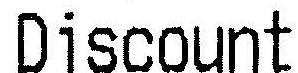
DISCOUNT